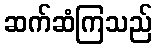
ဆက်ဆံကြသည်